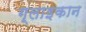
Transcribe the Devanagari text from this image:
ग्लाइकान